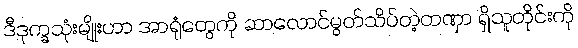
ဒီဒုက္ခသုံးမျိုးဟာ အာရုံတွေကို ဆာလောင်မွတ်သိပ်တဲ့တဏှာ ရှိသူတိုင်းကို